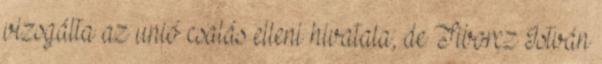
vizsgálta az unió csalás elleni hivatala, de Tiborcz István